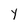
Character: y